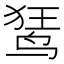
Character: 𫛭